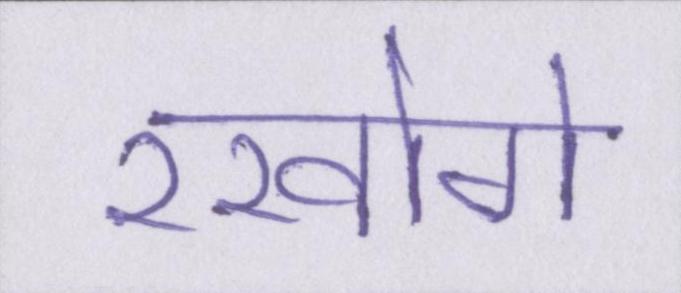
रखोगे